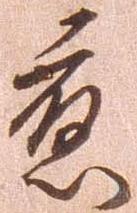
応